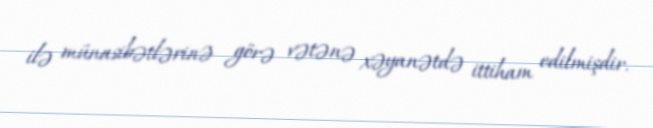
ilə münasibətlərinə görə vətənə xəyanətdə ittiham edilmişdir.